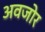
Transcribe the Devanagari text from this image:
अवजोर